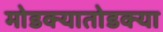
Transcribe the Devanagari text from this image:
मोडक्यातोडक्या